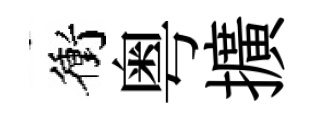
衝粤擴